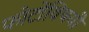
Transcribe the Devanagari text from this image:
फोटोंविषयी